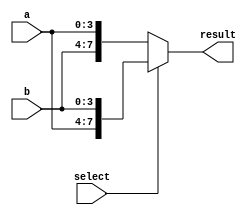
module vector_continuous_assignment (
    input wire [3:0] a,        // 4-bit input signal a
    input wire [3:0] b,        // 4-bit input signal b
    input wire select,         // 1-bit select signal
    output wire [7:0] result   // 8-bit output vector signal
);

// Continuous assignment for the 8-bit result vector
assign result = (select) ? {a, b} : {b, a}; // Concatenation based on select signal

endmodule